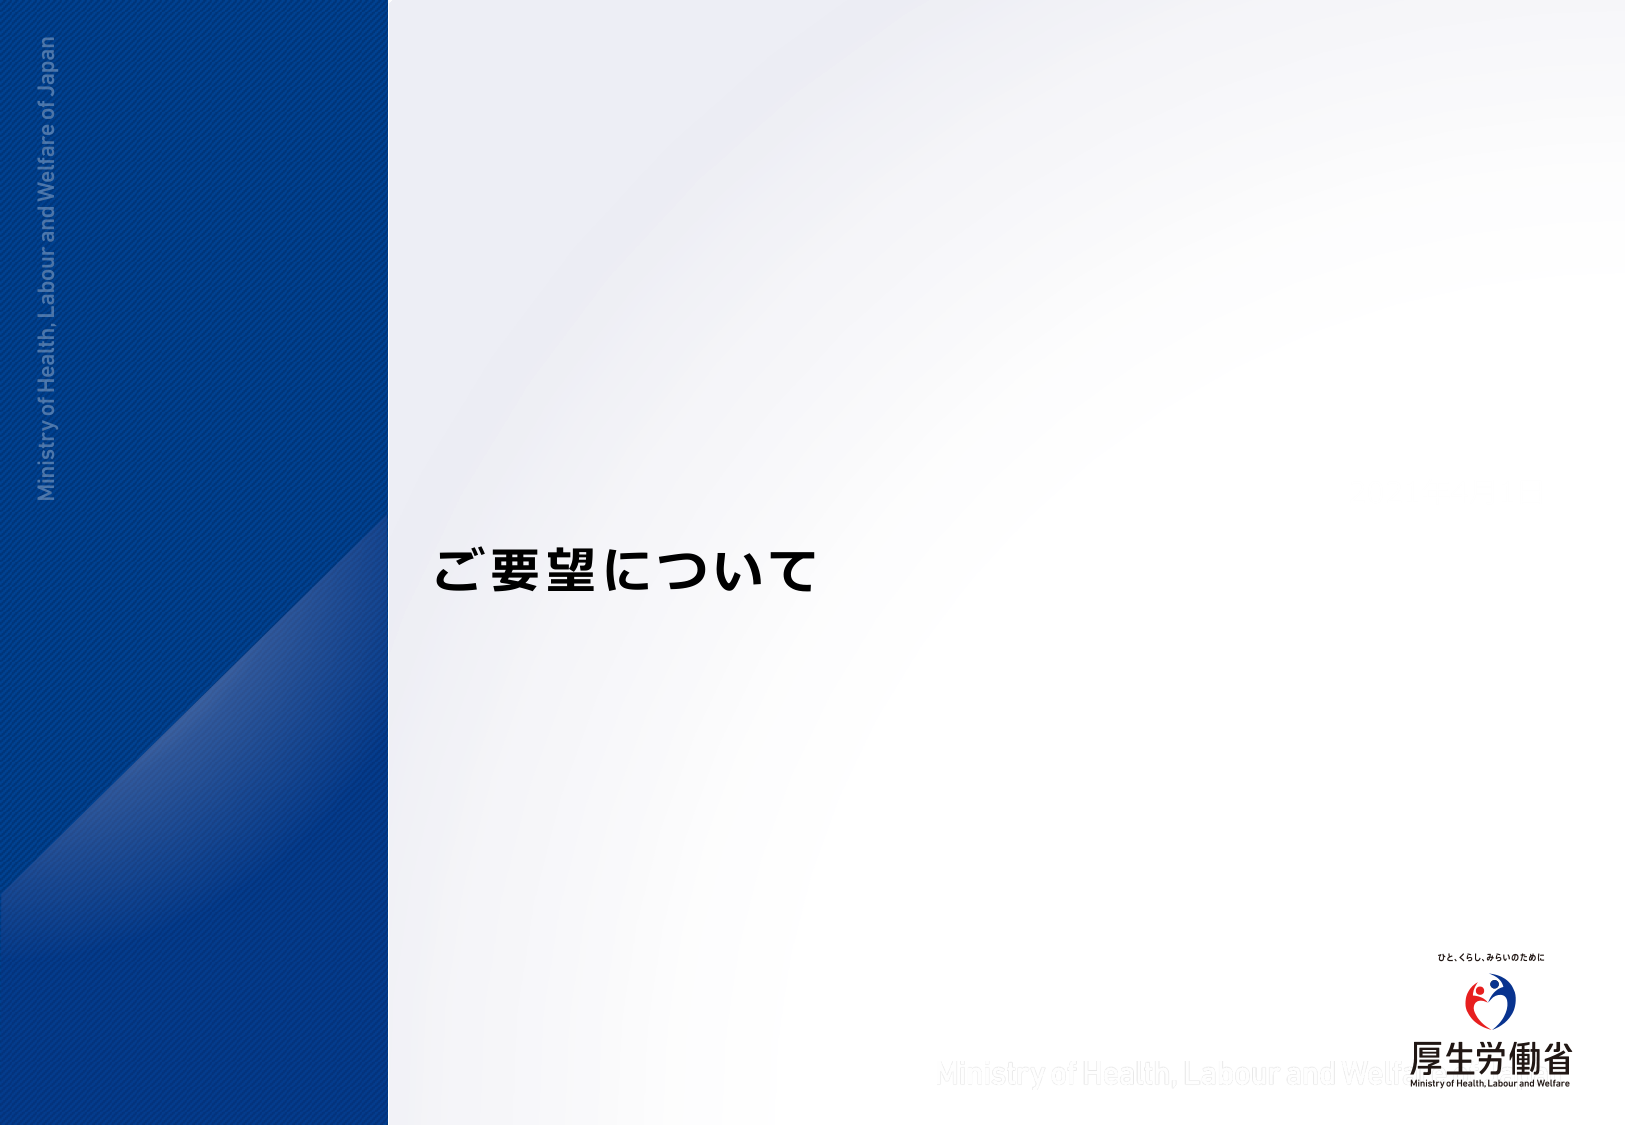
Ministry of Health, Labour and Welfare of Japan
ご要望について
ひと、くらし、みらいのために
厚生労働省
Ministry of Health, Labour and Welfare